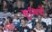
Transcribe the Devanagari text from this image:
कुन्बियों